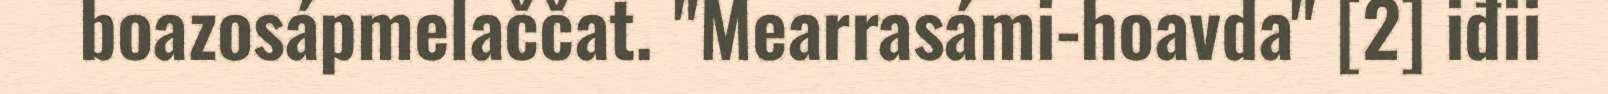
boazosápmelaččat. "Mearrasámi-hoavda" [2] iđii